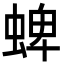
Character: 蜱